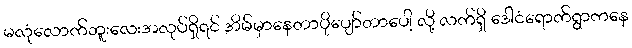
မလုံလောက်ဘူးလေးအလုပ်ရှိရင် အိမ်မှာနေတာပိုပျော်တာပေါ့ လို့ လက်ရှိ ဒေါငံရောက်ရွာကနေ